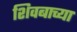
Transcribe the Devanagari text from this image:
शिवबाच्‍या